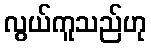
လွယ်ကူသည်ဟု